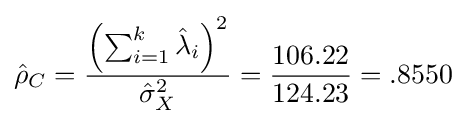
{\hat {\rho }}_{C}={\frac {\left(\sum _{i=1}^{k}{\hat {\lambda }}_{i}\right)^{2}}{{\hat {\sigma }}_{X}^{2}}}={\frac {106.22}{124.23}}=.8550